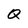
Character: Q